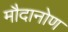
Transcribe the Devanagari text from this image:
मौदानोण